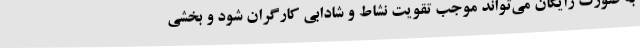
به صورت رایگان می‌تواند موجب تقویت نشاط و شادابی کارگران شود و بخشی